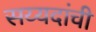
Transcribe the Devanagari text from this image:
सय्यदांची